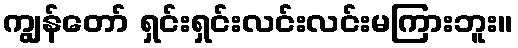
ကျွန်တော် ရှင်းရှင်းလင်းလင်းမကြားဘူး။